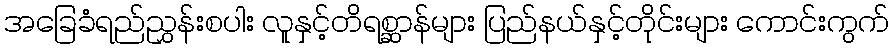
အခြေခံရည်ညွှန်းစပါး လူနှင့်တိရစ္ဆာန်များ ပြည်နယ်နှင့်တိုင်းများ ကောင်းကွက်